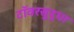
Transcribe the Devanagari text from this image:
टॉवरसुद्धा